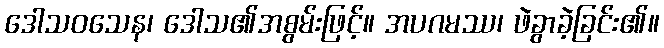
ဒေါသဝသေန၊ ဒေါသ၏အစွမ်းဖြင့်။ အပဂမဿ၊ ဖဲခွာခဲ့ခြင်း၏။